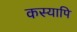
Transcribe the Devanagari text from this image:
कस्यापि